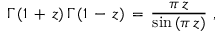
\Gamma \, ( 1 \, + \, z ) \, \Gamma \, ( 1 \, - \, z ) \, = \, \frac { \pi \, z } { \sin \, ( \pi \, z ) } \, \, ,